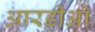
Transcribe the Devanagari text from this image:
आरडीओ